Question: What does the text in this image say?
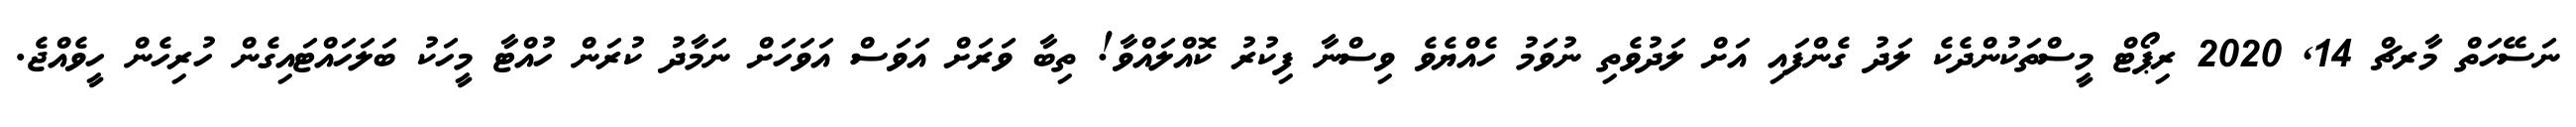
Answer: ނަސޭހަތް މާރޗް 14, 2020 ރިޕޯޓް މީސްތަކުންދެކެ ލަދު ގެންފައި އަށް ލަދުވެތި ނުވަމު ހެއްޔެވެ ވިސްނާ ފިކުރު ކޮއްލައްވާ! ތިބާ ވަރަށް އަވަސް އަވަހަށް ނަމާދު ކުރަން ހުއްޓާ މީހަކު ބަލަހައްޓައިގެން ހުރިހެން ހީވެއްޖެ.